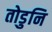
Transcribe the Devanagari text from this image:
तोडुनि